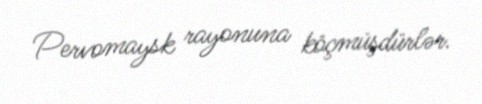
Pervomaysk rayonuna köçmüşdürlər.